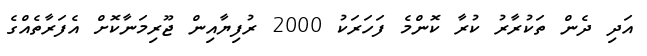
އަދި ދެން ތަކުރާރު ކުރާ ކޮންމެ ފަހަރަކު 2000 ރުފިޔާއިން ޖޫރިމަނާކޮށް އެފަރާތެއްގެ